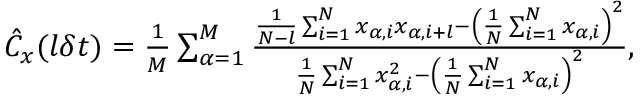
\begin{array} { r } { \hat { C } _ { x } ( l \delta t ) = \frac { 1 } { M } \sum _ { \alpha = 1 } ^ { M } \frac { \frac { 1 } { N - l } \sum _ { i = 1 } ^ { N } x _ { \alpha , i } x _ { \alpha , i + l } - \left( \frac { 1 } { N } \sum _ { i = 1 } ^ { N } x _ { \alpha , i } \right) ^ { 2 } } { \frac { 1 } { N } \sum _ { i = 1 } ^ { N } x _ { \alpha , i } ^ { 2 } - \left( \frac { 1 } { N } \sum _ { i = 1 } ^ { N } x _ { \alpha , i } \right) ^ { 2 } } , } \end{array}